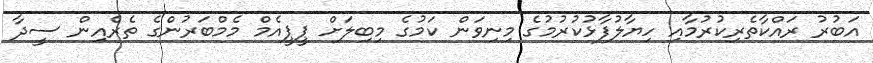
އަބުރު ރައްކާތެރިކުރުމާއި ހިޔާލުފާޅުކުރުމުގެ މިނިވަން ކަމުގެ މިބިލަށް ޕީޕީއެމް މެމްބަރުންގެ ތެރެއިން ސީދާ